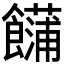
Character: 𩟢